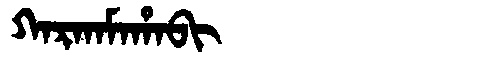
Manchu: ᡴᠠᡵᡴᠠᠮᠠᡥᠠᠪᡳ
Romanization: KARKAMAHABI